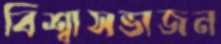
বিশ্বাসভাজন